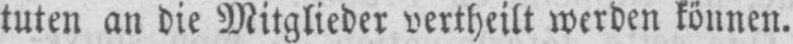
tuten an die Mitglieder vertheilt werden können.